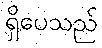
ရှိပေသည်